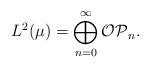
LaTeX: \begin{align*}L^2(\mu)=\bigoplus_{n=0}^\infty \mathcal {OP}_n.\end{align*}